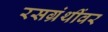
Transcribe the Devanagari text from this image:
रसग्रंथींवर